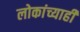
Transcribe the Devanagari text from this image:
लोकांच्याही